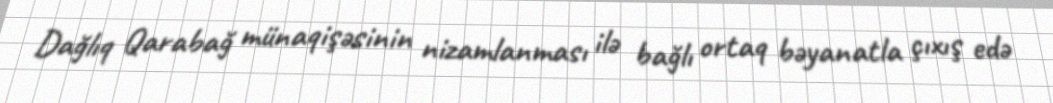
Dağlıq Qarabağ münaqişəsinin nizamlanması ilə bağlı ortaq bəyanatla çıxış edə